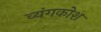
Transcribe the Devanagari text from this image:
व्यंगकोश